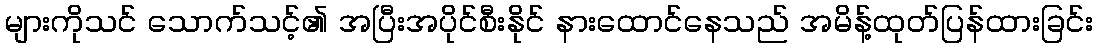
များကိုသင် သောက်သင့်၏ အပြီးအပိုင်စီးနိုင် နားထောင်နေသည် အမိန့်ထုတ်ပြန်ထားခြင်း